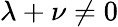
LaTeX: \lambda+\nu\neq 0